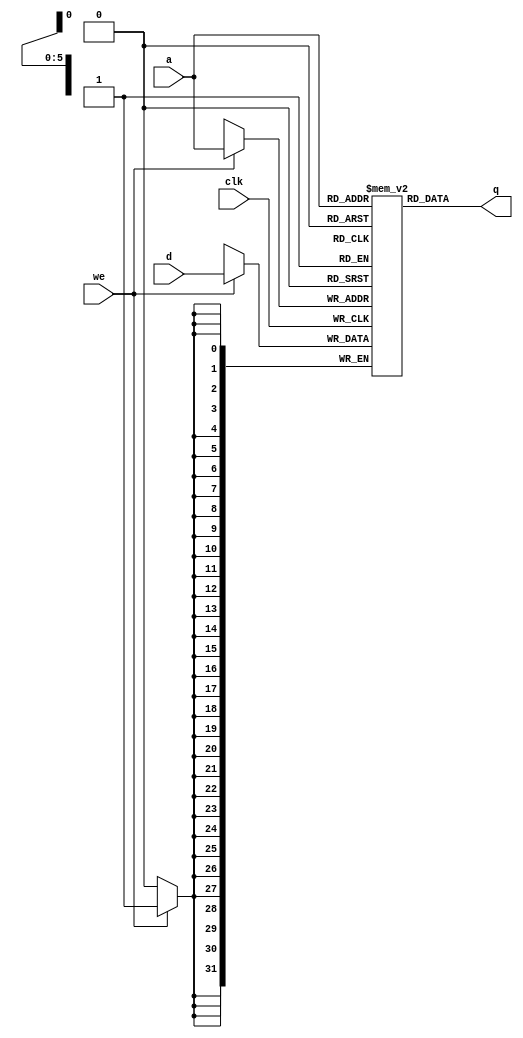
 module dmem (
        input  wire        clk,
        input  wire        we,
        input  wire [5:0]  a,
        input  wire [31:0] d,
        output wire [31:0] q
    );

    reg [31:0] ram [0:63];

    integer n;

    initial begin
        for (n = 0; n < 64; n = n + 1) ram[n] = 32'hFFFFFFFF;
    end

    always @ (posedge clk) begin
        if (we) ram[a] <= d;
    end
    

    assign q = ram[a];
    
endmodule